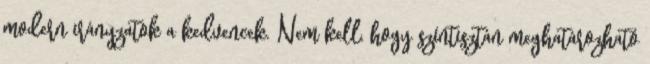
modern irányzatok a kedvencek. Nem kell, hogy színtisztán meghatározható